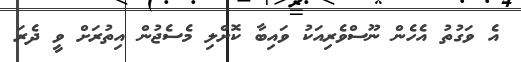
އެ ވަގުތު އެހެން ނޫސްވެރިއަކު ވައިބާ ކޮށްލި މެސެޖުން އިތުރަށް ވީ ދެރަ